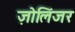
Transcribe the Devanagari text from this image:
ज़ोलिंजर